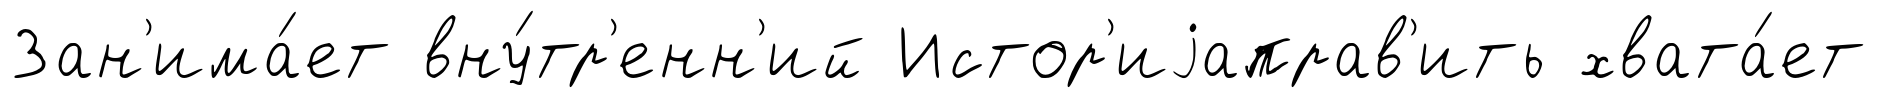
Зан'има́ет вну́тр'енн'ий Истор'иjаправ'ить хвата́ет